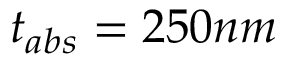
t _ { a b s } = 2 5 0 n m